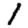
Digit: 1